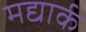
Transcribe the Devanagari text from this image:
मद्यार्क